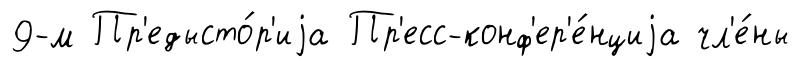
9-м Пр'едысто́р'иjа Пр'есс-конф'ер'е́нциjа чл'е́ны